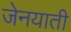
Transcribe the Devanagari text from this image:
जेनयाती